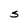
Character: S